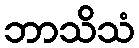
ဘာသိသံ